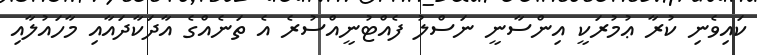
ކައިވެނި ކުރާ ޢުމުރަކީ އިންސާނީ ނަސްލު ފެއްޓުނީއްސުރެ އެ ތަނެއްގެ އާދަކާދައާއި މާހައުލާއި